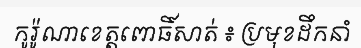
កូរ៉ូណាខេត្តពោធិ៍សាត់ ៖ ប្រមុខដឹកនាំ